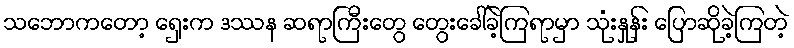
သဘောကတော့ ရှေးက ဒဿန ဆရာကြီးတွေ တွေးခေါ်ခဲ့ကြရာမှာ သုံးနှုန်း ပြောဆိုခဲ့ကြတဲ့